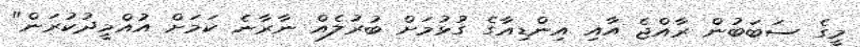
މީގެ ސަބަބުން ރާއްޖެ އާއި އިންޑިއާގެ ގުޅުމަށް ބުރުލެއް ނާރާނެ ކަމަށް އުއްމީދުކުރަން"